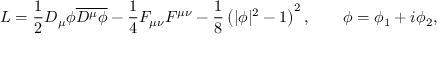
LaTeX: { \cal L } = { \frac { 1 } { 2 } } D _ { \mu } \phi { \overline { { { D ^ { \mu } \phi } } } } - { \frac { 1 } { 4 } } F _ { \mu \nu } F ^ { \mu \nu } - { \frac { 1 } { 8 } } \left( | \phi | ^ { 2 } - 1 \right) ^ { 2 } , \qquad \phi = \phi _ { 1 } + i \phi _ { 2 } ,